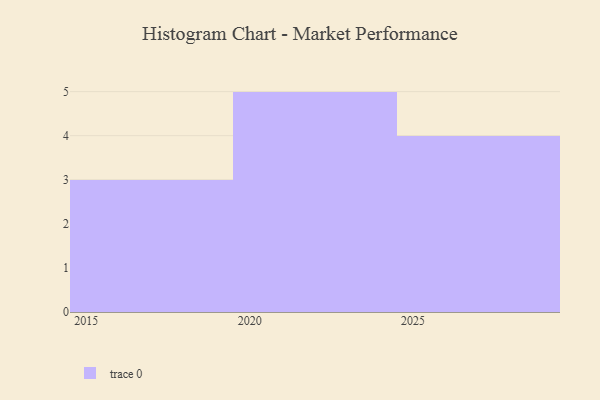
{"axis": {"x": "Year", "y": "Humidity (%)"}, "legend": [""], "data": [{"x": "2018", "y": 3, "type": ""}, {"x": "2023", "y": 96, "type": ""}, {"x": "2027", "y": 62, "type": ""}, {"x": "2024", "y": 16, "type": ""}, {"x": "2017", "y": 22, "type": ""}, {"x": "2015", "y": 96, "type": ""}, {"x": "2025", "y": 62, "type": ""}, {"x": "2020", "y": 42, "type": ""}, {"x": "2021", "y": 22, "type": ""}, {"x": "2022", "y": 47, "type": ""}, {"x": "2029", "y": 49, "type": ""}, {"x": "2028", "y": 35, "type": ""}]}